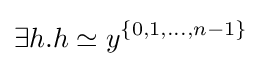
\exists h.h\simeq y^{\{0,1,\dots ,n-1\}}